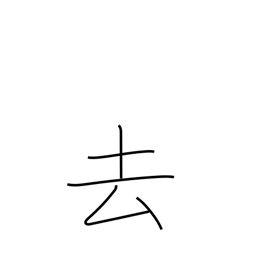
Meaning: past